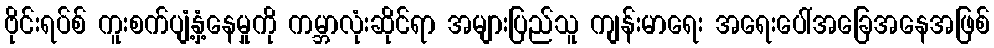
ဗိုင်းရပ်စ် ကူးစက်ပျံ့နှံ့နေမှုကို ကမ္ဘာလုံးဆိုင်ရာ အများပြည်သူ ကျန်းမာရေး အရေးပေါ်အခြေအနေအဖြစ်